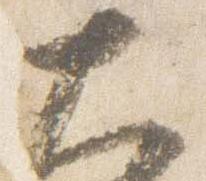
大